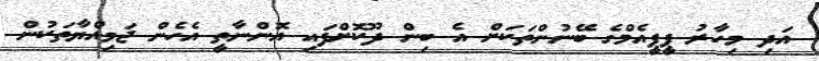
އަދި މިހާރު ޕީޕީއެމްގެ ބޭނުންތަކަށް އެ ބިން ދޫކޮށްފައި އޮންނާތީ އެހެން ޖަމިއްޔާތަކުން